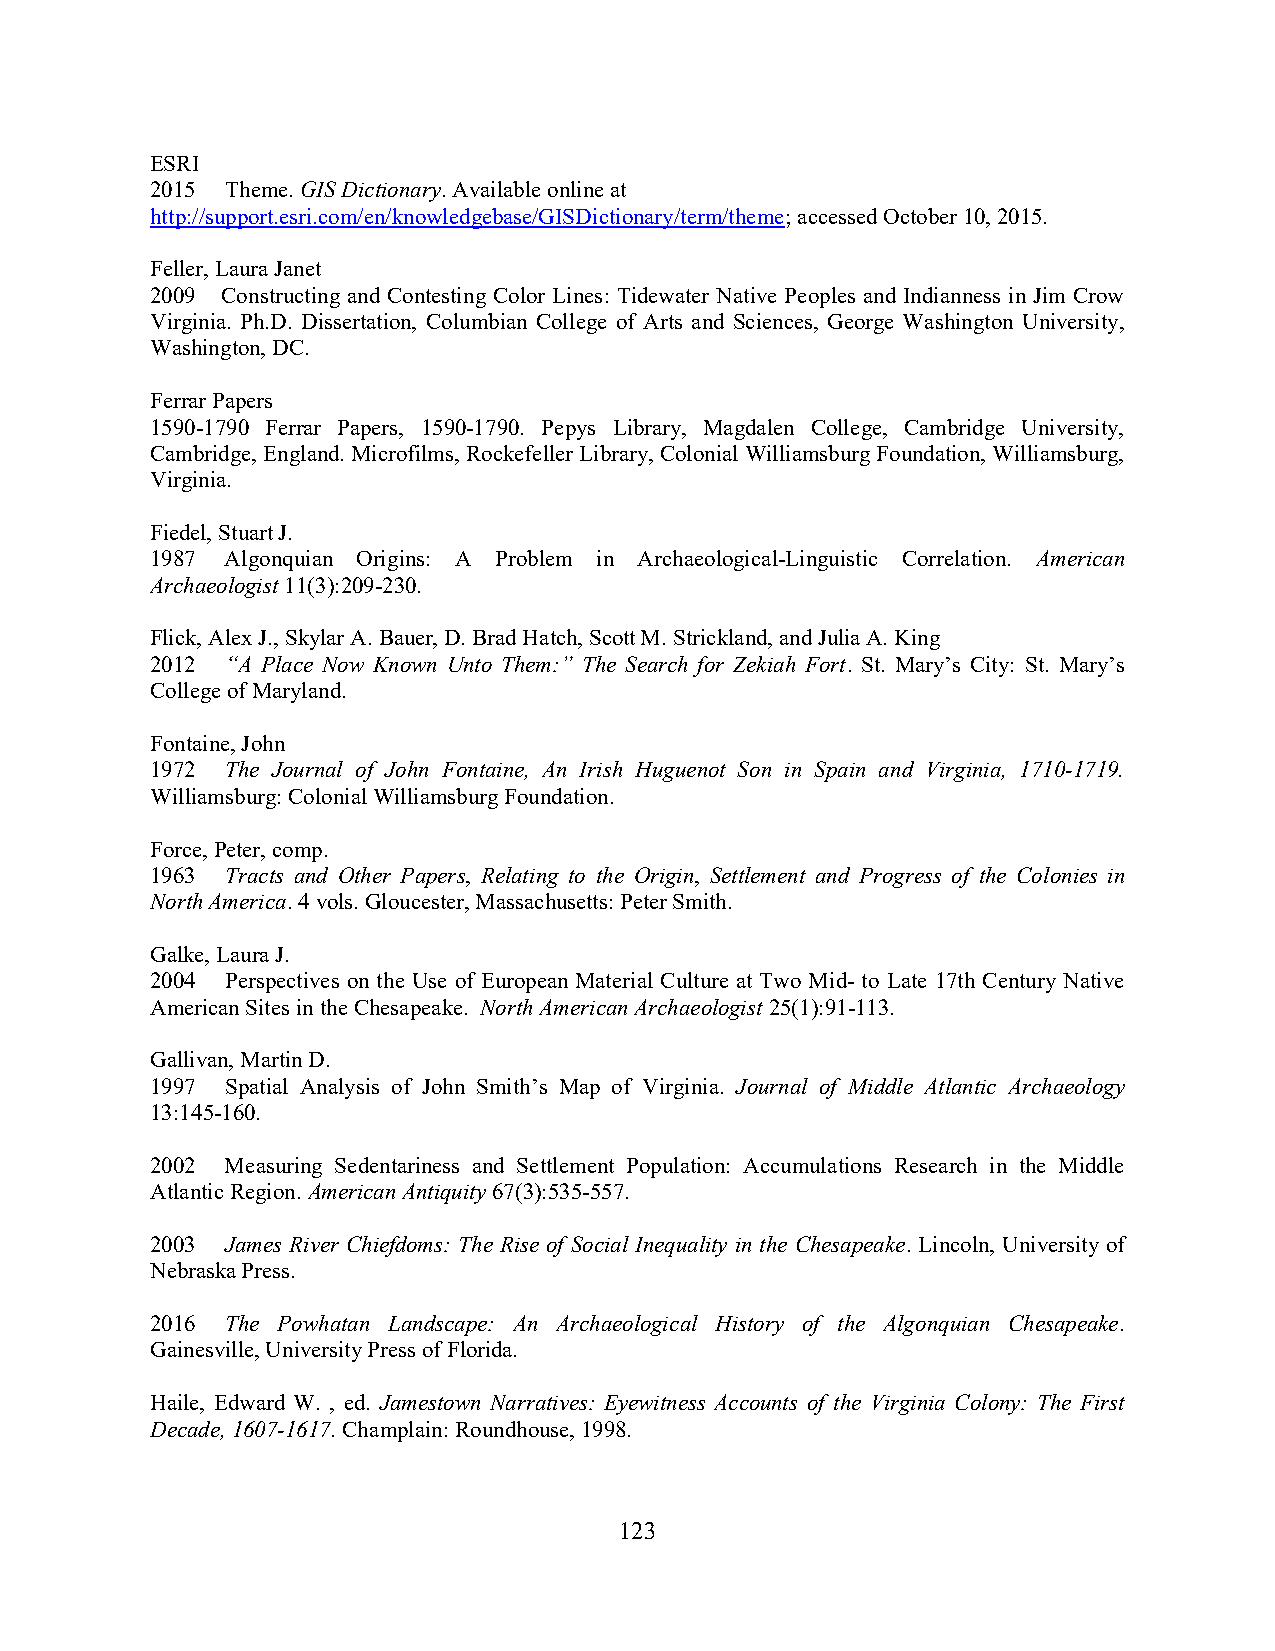
ESRI
 2015 Theme. GIS Dictionary. Available online at
 http://support.esri.com/en/knowledgebase/GISDictionary/term/theme; accessed October 10, 2015.
 Feller, Laura Janet
 2009 Constructing and Contesting Color Lines: Tidewater Native Peoples and Indianness in Jim Crow
 Virginia. Ph.D. Dissertation, Columbian College of Arts and Sciences, George Washington University,
 Washington, DC.
 Ferrar Papers
 1590-1790 Ferrar Papers, 1590-1790. Pepys Library, Magdalen College, Cambridge University,
 Cambridge, England. Microfilms, Rockefeller Library, Colonial Williamsburg Foundation, Williamsburg,
 Virginia.
 Fiedel, Stuart J.
 1987 Algonquian Origins: A Problem in Archaeological-Linguistic Correlation. American
 Archaeologist 11(3):209-230.
 Flick, Alex J., Skylar A. Bauer, D. Brad Hatch, Scott M. Strickland, and Julia A. King
 2012 “A Place Now Known Unto Them:” The Search for Zekiah Fort. St. Mary’s City: St. Mary’s
 College of Maryland.
 Fontaine, John
 1972 The Journal of John Fontaine, An Irish Huguenot Son in Spain and Virginia, 1710-1719.
 Williamsburg: Colonial Williamsburg Foundation.
 Force, Peter, comp.
 1963 Tracts and Other Papers, Relating to the Origin, Settlement and Progress of the Colonies in
 North America. 4 vols. Gloucester, Massachusetts: Peter Smith.
 Galke, Laura J.
 2004 Perspectives on the Use of European Material Culture at Two Mid- to Late 17th Century Native
 American Sites in the Chesapeake. North American Archaeologist 25(1):91-113.
 Gallivan, Martin D.
 1997 Spatial Analysis of John Smith’s Map of Virginia. Journal of Middle Atlantic Archaeology
 13:145-160.
 2002 Measuring Sedentariness and Settlement Population: Accumulations Research in the Middle
 Atlantic Region. American Antiquity 67(3):535-557.
 2003 James River Chiefdoms: The Rise of Social Inequality in the Chesapeake. Lincoln, University of
 Nebraska Press.
 2016 The Powhatan Landscape: An Archaeological History of the Algonquian Chesapeake.
 Gainesville, University Press of Florida.
 Haile, Edward W. , ed. Jamestown Narratives: Eyewitness Accounts of the Virginia Colony: The First
 Decade, 1607-1617. Champlain: Roundhouse, 1998.
 123